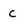
Character: c